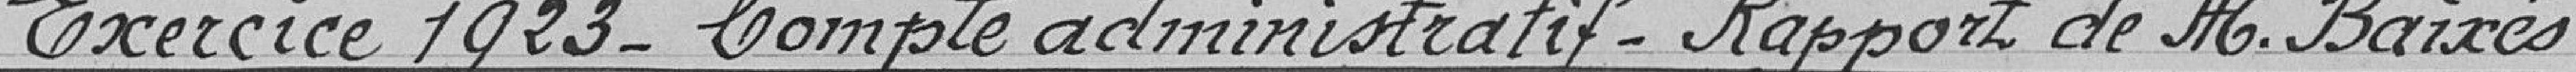
Exercice 1923 - Compte administratif - Rapport de Monsieur Baixés.